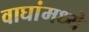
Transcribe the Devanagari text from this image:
वाघांमध्ये